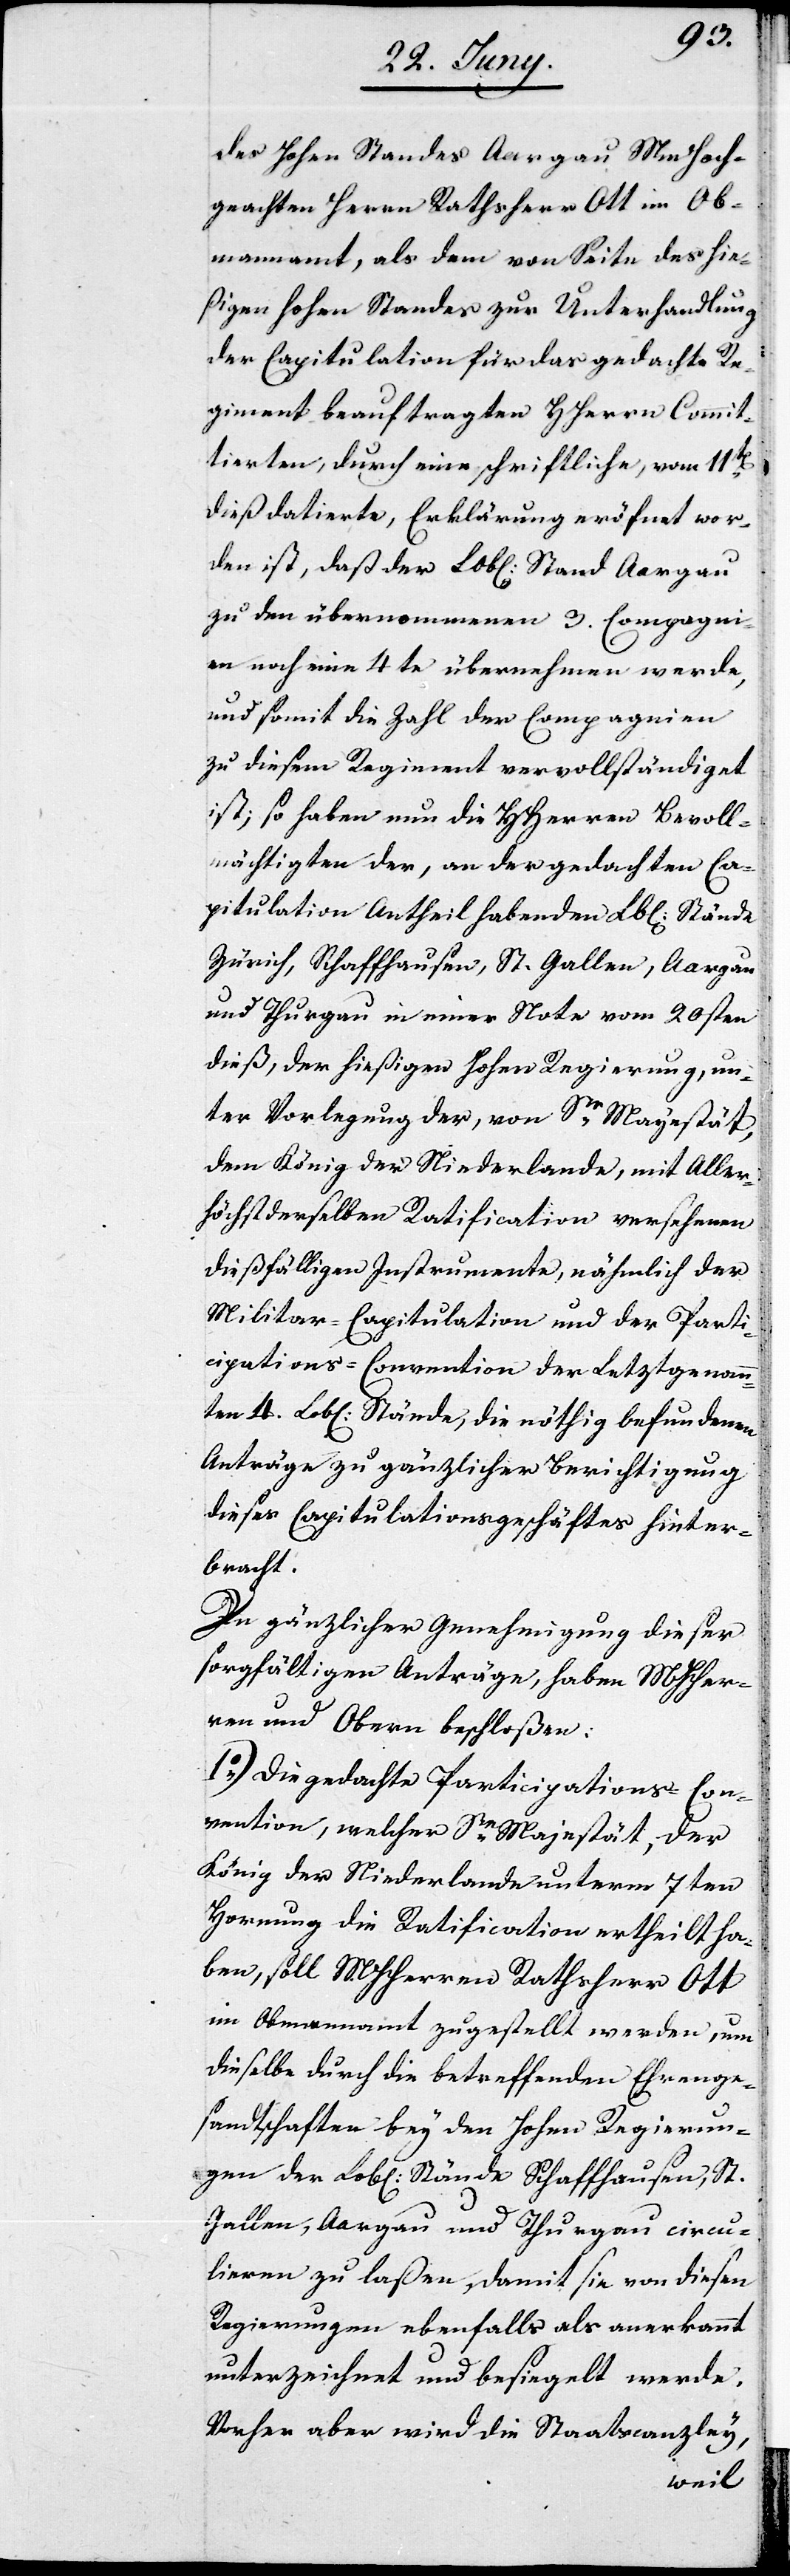
4.
des Hohen Standes Aargau MmHoch¬
geachten Herrn Rathsherr Ott im Ob¬
mannamt, als dem von Seite des hie¬
ßigen Hohen Standes zur Unterhandlung
der Capitulation für das gedachte Re¬
giment beauftragten Herrn Commit¬
tierten, durch eine schriftliche, vom 11t[en]
dieß datierte, Erklärung eröfnet wor¬
den ist, daß der Lob[liche] Stand Aargau
zu den übernommenen 3. Compagni¬
en noch eine 4te übernehmen werde,
und somit die Zahl der Compagnien
zu diesem Regiment vervollständiget
ist, so haben nun die Herren Bevoll¬
mächtigten der, an der gedachten Ca¬
pitulation Antheil habenden Lob[lichen] Stände
Zürich, Schaffhausen, St. Gallen, Aargau
und Thurgau in einer Note vom 20sten
dieß, der hießigen Hohen Regierung, un¬
ter Vorlegung der, von Sr Majestät,
dem König der Niederlande, mit Aller¬
höchstederselben Ratification versehenen
dießfälligen Instrumente, nämlich der
Militar-Capitulation und der Parti¬
cipations-Convention der Letztgenann¬
Anträge zu gänzlicher Berichtigung
dieses Capitulationsgeschäftes hinter¬
bracht.
In gänzlicher Genehmigung dieser
sorgfältigen Anträge, haben MHHer¬
ren und Obern beschloßen:
1o) Die gedachte Participations-Con¬
vention, welcher Se Majestät, der
König der Niederlande unterm 7ten
Hornung die Ratification ertheilt ha¬
ben, soll MHHerrn Rathsherr Ott
im Obmannamt zugestellt werden, um
dieselbe durch die betreffenden Ehrenge¬
sandtschaften bey den Hohen Regierun¬
gen der Lob[lichen] Stände Schaffhausen, St.
Gallen, Aargau und Thurgau circu¬
lieren zu laßen, damit sie von diesen
Regierungen ebenfalls als anerkannt
unterzeichnet und besiegelt werde.
Vorher aber wird die Staatscanzley,